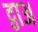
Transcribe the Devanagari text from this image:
द्वाअ